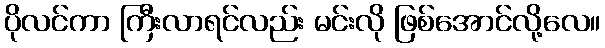
ပိုလင်ကာ ကြီးလာရင်လည်း မင်းလို ဖြစ်အောင်လို့လေ။